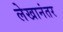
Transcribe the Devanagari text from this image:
लेखानंतर